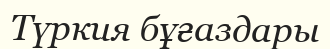
Түркия бұғаздары